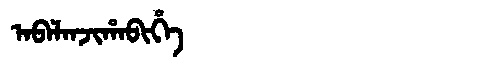
Manchu: ᠠᠪᠠᠯᠠᠨᠵᡳᡥᠠᠪᡳᡥᡝ
Romanization: ABALANJIHABIHE